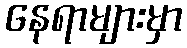
နေရာများမှာ